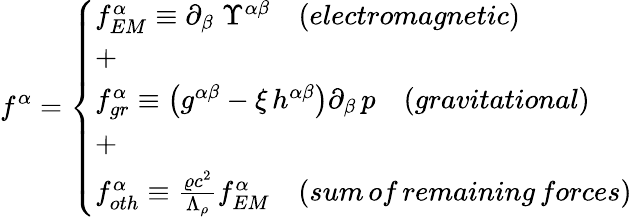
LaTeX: f^{\alpha}=\left\{ \begin{array}{ll}{f_{EM}^{\alpha}\equiv\partial_{\beta}\; \Upsilon^{\alpha\beta}\quad(electromagnetic)}\\ {+}\\ {f_{gr}^{\alpha}\equiv\left(g^{\alpha\beta}-\xi\, h^{\alpha\beta}\right)\partial_{\beta}\, p\quad(gravitational)}\\ {+}\\ {f_{oth}^{\alpha}\equiv\frac{\varrho c^{2}}{\Lambda_{\rho}}f_{EM}^{\alpha}\quad(sum\, of\, remaining\, forces)}\end{array}\right.